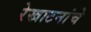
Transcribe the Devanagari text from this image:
रेखाटनांचे